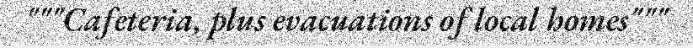
"""Cafeteria, plus evacuations of local homes"""